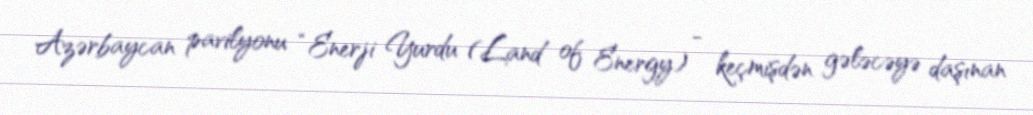
Azərbaycan pavilyonu “Enerji Yurdu (Land of Energy) - keçmişdən gələcəyə daşınan